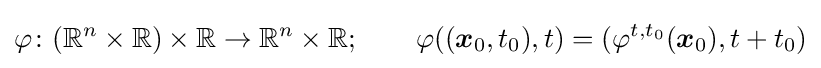
\varphi \colon (\mathbb {R} ^{n}\times \mathbb {R} )\times \mathbb {R} \to \mathbb {R} ^{n}\times \mathbb {R} ;\qquad \varphi (({\boldsymbol {x}}_{0},t_{0}),t)=(\varphi ^{t,t_{0}}({\boldsymbol {x}}_{0}),t+t_{0})